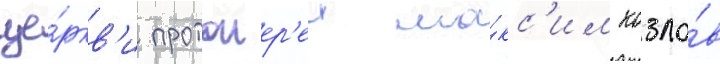
це́ркв'и протоиер'еи ма́кс'им козло́в